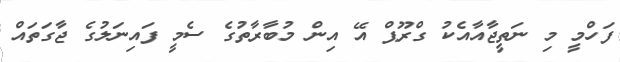
ފަހްމީ މި ނަތީޖާއާއެކު ގްރޫޕް އޭ އިން މުބާރާތުގެ ސެމީ ފައިނަލުގެ ޖާގަތައް